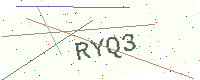
Text: RYQ3